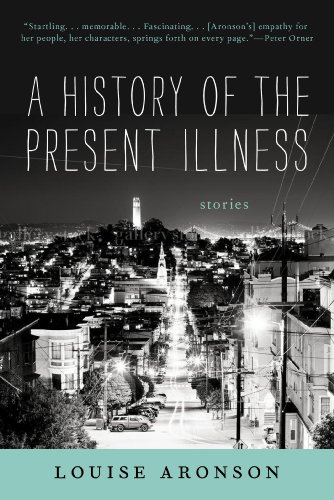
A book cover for A History of the Present Illness: Stories; Louise Aronson; Literature & Fiction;